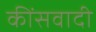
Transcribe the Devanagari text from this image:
कींसवादी